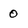
Character: 0